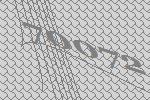
70072